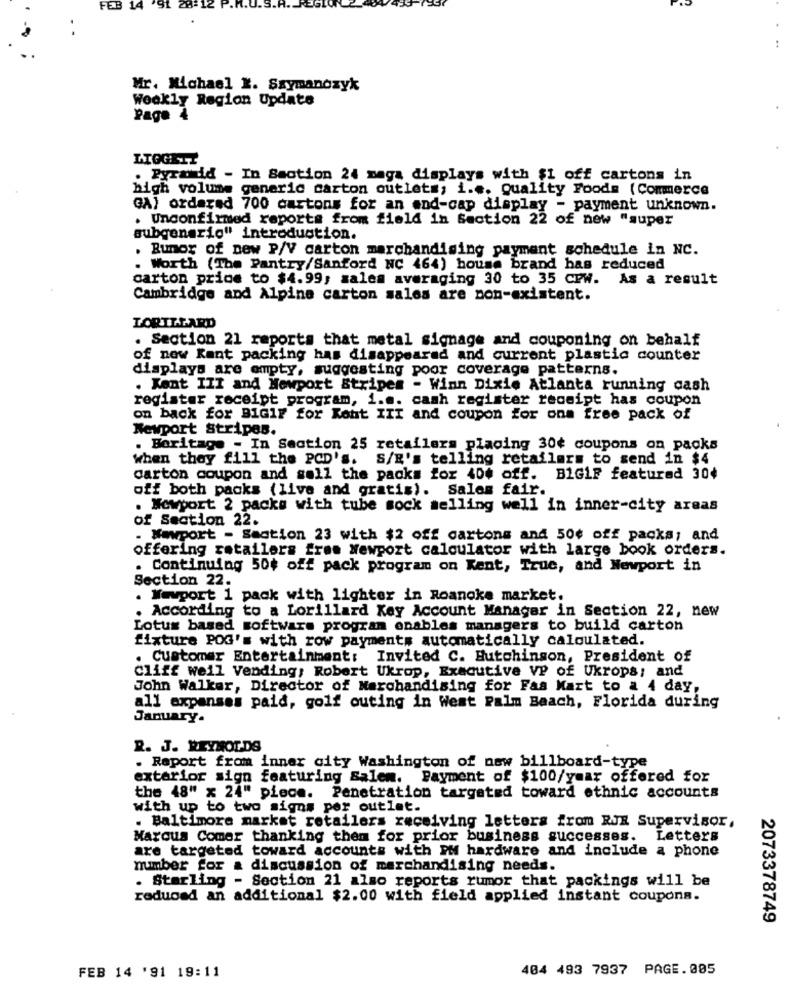
FEB 14
:12
Mr. Michael K. Szymanozyk
Weekly Region Update
Page 4
LTOGELT
. Pyramid - In Section 24 maga displays with $1 off cartons in
high volume generic carton outlets; i ... Quality Foods (Commerce
GA} ordered 700 cartons for an end-cap display - payment unknown.
. Unconfirmed reports from field in Section 22 of new "super
subgenario" introduction.
. Rumor of new P/V carton merchandising payment schedule in NC.
. Worth (The Pantry/Sanford NC 464) house brand has reduced
carton price to $4.99; zales averaging 30 to 35 Crw. As a result
Cambridge and Alpine carton sales are non-existent.
LORILLARD
. Section 21 reports that metal signage and couponing on behalf
of new Kant packing has disappeared and current plastic counter
displays are empty, suggesting poor coverage patterns.
. Kont III and Newport Stripes - Winn Dixie Atlanta running cash
register receipt program, i.e. cash register receipt has coupon
on back for BIGif for Kont III and coupon for ons free pack of
Newport Stripes.
. Boritage - In Section 25 retailers placing 30¢ coupons on packs
when they fill the PCD's.
S/R's telling retailers to send in $4
carton coupon and sell the packs for 40# off.
B1GLF featured 30¢
off both packs (live and gratis). Sales fair.
. Newport 2 packs with tube sock selling well in inner-city areas
of Section 22.
. Wwwport - Smotion 23 with $2 off cartons and 50¢ off packs; and
offering retailers free Newport calculator with large book orders.
. Continuing 50¢ off pack program on Kent, True, and Newport in
Section 22.
. Newport 1 pack with lighter in Roanoke market.
. According to a Lorillard Key Account Manager in Section 22, new
Lotus based software program enables managers to build carton
fixture POG's with row payments automatically calculated.
. Customer Entertainment: Invited C. Hutchinson, President of
Cliff weil Vending; Robert Ukrop, Executive VP of Ukrops; and
John Walker, Director of Merchandising for Fas Mart to a 4 day,
all expanses paid, golf outing in West Palm Beach, Florida during
January.
R. J. REYNOLDS
. Report from inner city Washington of new billboard-type
exterior sign featuring Salem. Payment of $100/year offered for
the 48" x 24" piece. Penetration targeted toward ethnic accounts
with up to two signs por outlet.
. Baltimore market retailers receiving letters from RJE Supervisor,
Marcus Comer thanking them for prior business successes. Letters
are targeted toward accounts with IM hardware and include a phone
number for a discussion of merchandising needs.
. Starling - Section 21 also reports rumor that packings will be
reduced an additional $2.00 with field applied instant coupons.
2073378749
404 493 7937 PAGE.005
FEB 14 '91 19:11